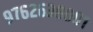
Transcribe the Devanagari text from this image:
९७६२६३८००१